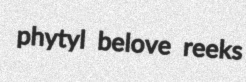
phytyl belove reeks